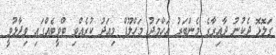
ގަލޮޅޮ ދެކުނު ދާއިރާގެ މެންބަރު އަހްމަދު މަހްލޫފް މިއަދު ކުރެއްވި ޓްވީޓެއްގައި ވިދާޅުވީ